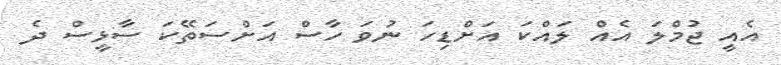
އެއީ ޖުމްލަ އެއް ލައްކަ އަށްޑިހަ ނުވަ ހާސް އަށްސަތޭކަ ސާޅީސް ދެ